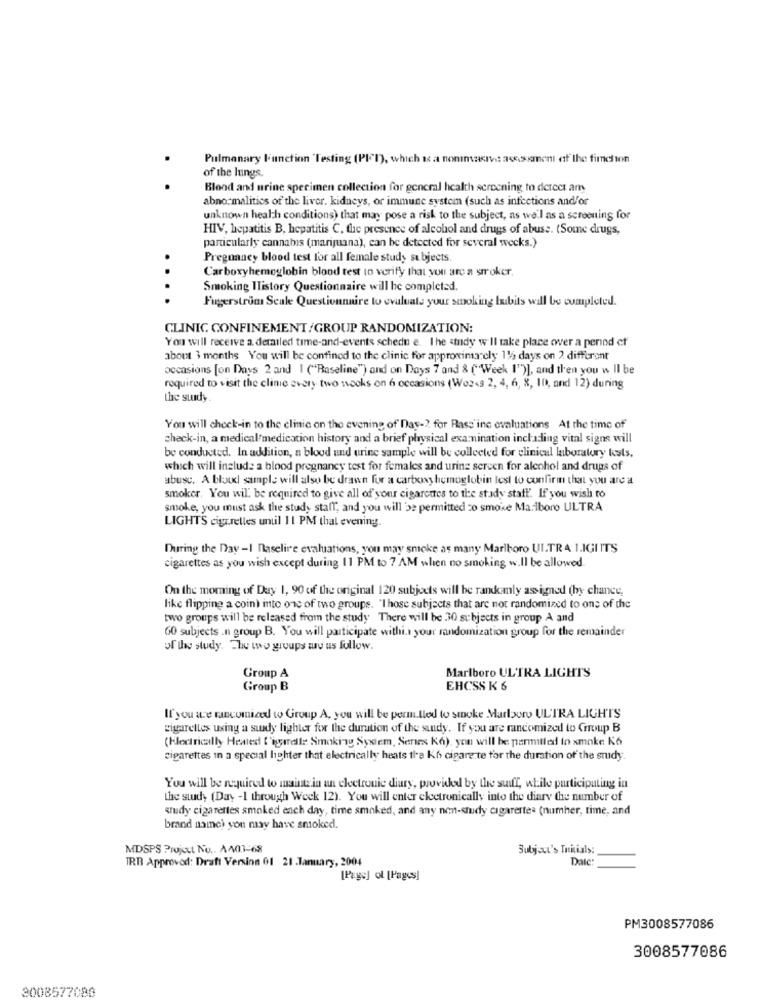
Pulmonary Function Testing (PII), which is a noninvasive assessment of the fimchon
of the lungs.
Blood and urine specimen collection for general health screening to derect am
abnormalities of the liver. kidneys, or immune system (such as infections and/or
unknown health conditions) that may pose a risk to the subject, as well as a screening for
HIV, hepatitis B, hepatitis C, the presence of alcohol and drugs of abuse. (Some drugs,
particularly cannabis (marijuana), can be detected for several weeks.)
Pregnancy blood test for all female study subjects
Carboxyhemoglobin blood test to verify that you are a smoker.
Smoking History Questionnaire will he completed.
....
Fugerstrom Scale Questionnaire to evaluate your smoking bubits will be completed.
CLINIC CONFINEMENT/GROUP RANDOMIZATION:
You will receive a. derailed time-and-events schedu e. The study w'Il take place ower a period of
about 3 months You will be confined to the clinic for approximately 1% days on 2 different
occasions [on Days 2 and | ("Baseline") and on Days 7 and & (" Week 1")], and then you w Il be
required to visit the clinic every two socks on 6 occasions (Woz<s 2, 4, 6, 8, 10, and 12) during
the study
You will check-in to the clinic on the evening of Day -? for Rass inc evaluations At the time of
check-in, a medical medication history and a brief physical examination including vital signs will
be conducted. In addition, a blood und urine sample will be collected for clinical laboratory kuts.
which will include a blood pregnancy test for females and urine screen for alcohol and drugs of
abusc. A bloux sample will also be drawn for a carboxy hemoglobin lest to confirm that you are a
smoker. You will be required to give all of your cigarettes to the study statt. If you wish to
smoke, you must ask the study staff, and you will be permitted zo smoke Marlboro ULTRA
LIGHTS cigarelles unul 11 PM that evening.
During the Day -I naselire evaluations, you may smoke as many Marlboro ULTRA 1.IGI ITS
cigarettes as you wish except during 11 PM to 7 AM when no smoking w.Il be allowed.
On the moming of Day 1, 90 of the original 120 subjects will be randomly assigned (by chance,
like flipping a coin) into one of two groups. 'I hose subjects that are not randomized to ons of the
two groups will be released from the study There will be 30 subjects in group A and
60 subjects .n group B. You will participate withi. your randomization group for the remainder
of the study. The two groups to us follow.
Marlboro ULTRA LIGHTS
Group A
Group B
EHCSS K 6
If you are rancomiadd w Group A, you will be permitted to smoke Marboro ULTRA LIGHTS
cigarettes using a sudy lighter for the duration of the study. If you are randomized to Group B
(klectrically Heated ['igerelle Smoking System, Senes K6), you will be permitted in smoke K6
cigarettes in a special lighter that electrically heats the Kh cigarette for the duration of the study.
You will be required to maintain an electronic diary, provided by the suff, while participating in
the study (Day -I through Week 12). You will enter electronically into the diary the number of
study cigarettes smoked ench day, time smoked, and any non-study cigarerte= (numher, time, and
brand name) you may have smoked.
MDSPS Project No .. A403-68
Subject's Initials:
TRT Approved: Draft Version 01 21 .January, 2004
[Page] ol [Pages]
PM3008577086
3008577086
3008577080